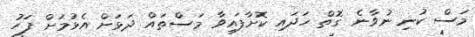
މަސް ކުނި ނުވާނެ ގޮތް ހަަދައި ކޮށާފައިވާ މަސްތައް ދަޅަށް އެޅުމަށް ފަހު